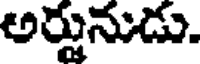
అర్జునుడు.